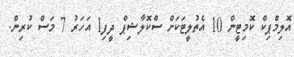
އޮލިމްޕިކް ކޮމިޓީން 10 އެތުލީޓަކަށް ސްކޮލާޝިޕް ދީފި1 އަހަރު 7 މަސް ކުރިން.